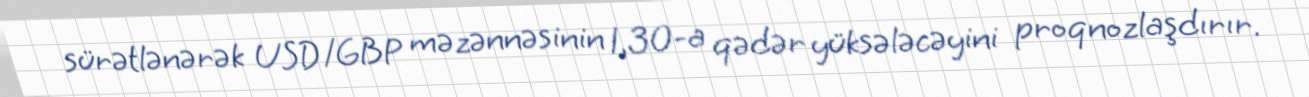
sürətlənərək USD/GBP məzənnəsinin 1,30-a qədər yüksələcəyini proqnozlaşdırır.